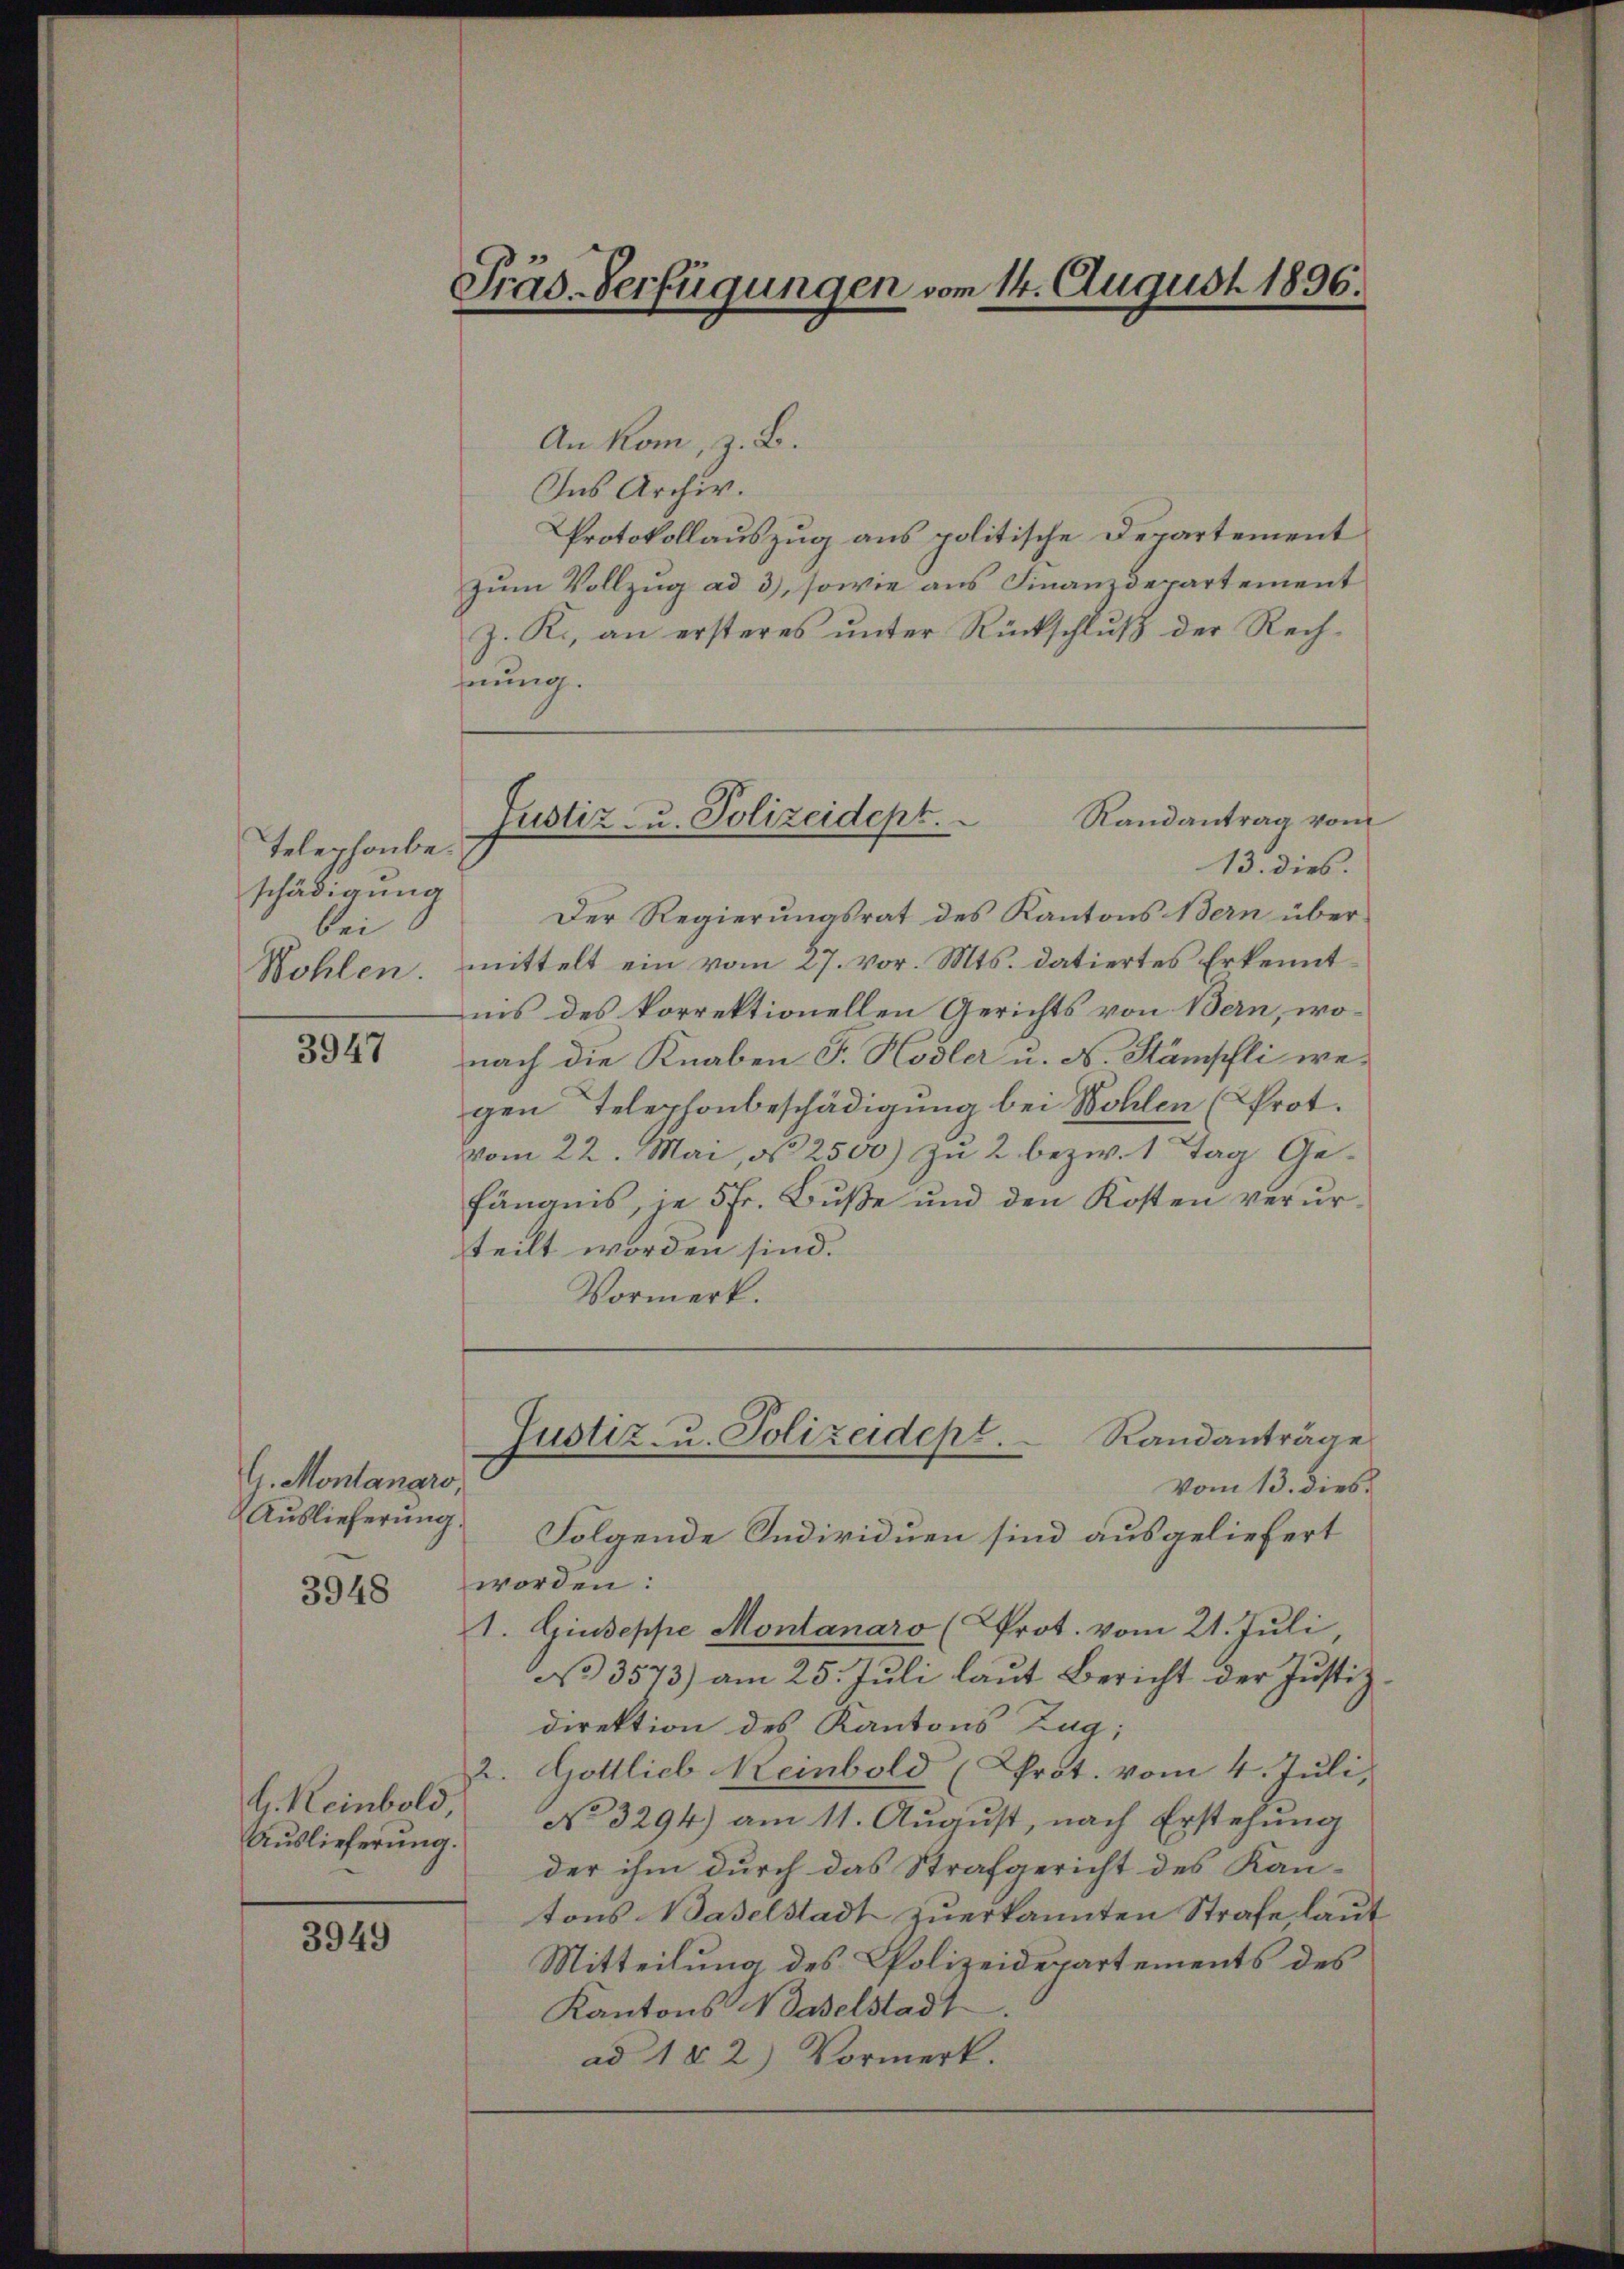
Telephonbeschädigung
bei
Wohlen.

3947

G. Montanaro
Auslieferung.

3948

G. Keinbold,
Auslieferung.

3949

Präs.-Verfügungen vom 14. August 1896.

An kom, z. B.
Ins Archiv.
Protokollauszug aus politische Departement
Zum Vollzug ad 3), sowie aus Finanzdepartement
J. R., an ersteres unter Rückschluß der Rechherung.
Randantrag vom
13. dies.
Der Regierungsrat des Kantons Bern über
mittelt ein vom 27. vor. Mts. datiertes Erkenntnis des korrektionellen Gerichts von Bern, wo-
nach die Knaben J. Hodler u. A. Stämpfli wegen Telephonbeschädigung bei Wohlen (Prot.
vom 22. Mai, N. 2500) zu 2 bezw. 1 Tag Gefängnis, je 5 Fr. Bŭβe und den Kosten verŭr-
teilt worden sind.
Vormerk.

Justiz u. Polizeidept.

vom 13. dies
Folgende Individuen sind ausgeliefert
worden:
1. Giuseppe Montanaro (Prot. vom 21. Juli,
a 3573) am 25. Juli laut Bericht der Justiz
direktion des Kantons Zug;
2. Gottlieb Reinbold (Prot. vom 4. Juli,
No 3294) am 11. August, nach Erstehung
der ihm durch das Strafgericht des Kan-
tons Baselstadt zuerkannten Strafe, laut
Mitteilung des Polizeidepartements des
Kantons Waselstadt
ad 1 § 2) Vormerk.

Randanträge
Justiz- u. Polizeidept.